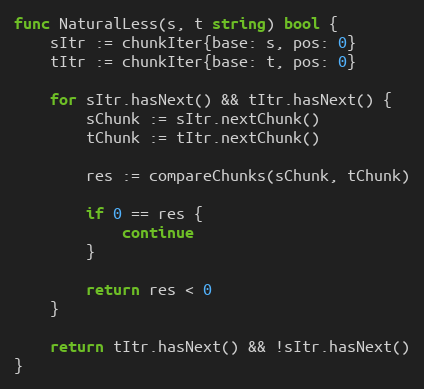
Language: Go
func NaturalLess(s, t string) bool {
	sItr := chunkIter{base: s, pos: 0}
	tItr := chunkIter{base: t, pos: 0}

	for sItr.hasNext() && tItr.hasNext() {
		sChunk := sItr.nextChunk()
		tChunk := tItr.nextChunk()

		res := compareChunks(sChunk, tChunk)

		if 0 == res {
			continue
		}

		return res < 0
	}

	return tItr.hasNext() && !sItr.hasNext()
}